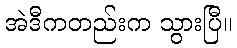
အဲဒီကတည်းက သွားပြီ။